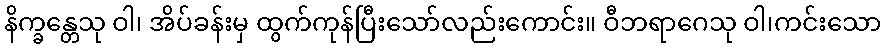
နိက္ခန္တေသု ဝါ၊ အိပ်ခန်းမှ ထွက်ကုန်ပြီးသော်လည်းကောင်း။ ဝီဘရာဂေသု ဝါ၊ကင်းသော